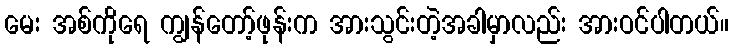
မေး အစ်ကိုရေ ကျွန်တော့်ဖုန်းက အားသွင်းတဲ့အခါမှာလည်း အားဝင်ပါတယ်။